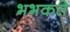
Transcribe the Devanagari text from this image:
भभकते